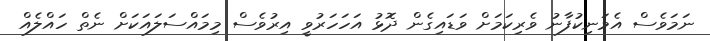
ނަމަވެސް އެމަނިކުފާނު ވެރިކަމަށް ވަޑައިގެން ދޮޅު އަހަހަރުވީ އިރުވެސް މިމައްސަލައަކަށް ނެތް ހައްލެއް